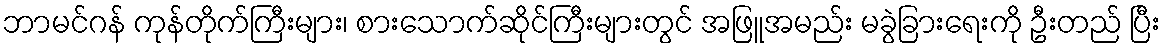
ဘာမင်ဂန် ကုန်တိုက်ကြီးများ၊ စားသောက်ဆိုင်ကြီးများတွင် အဖြူအမည်း မခွဲခြားရေးကို ဦးတည် ပြီး